Leningradi_Edasi_toimetus, lk 156
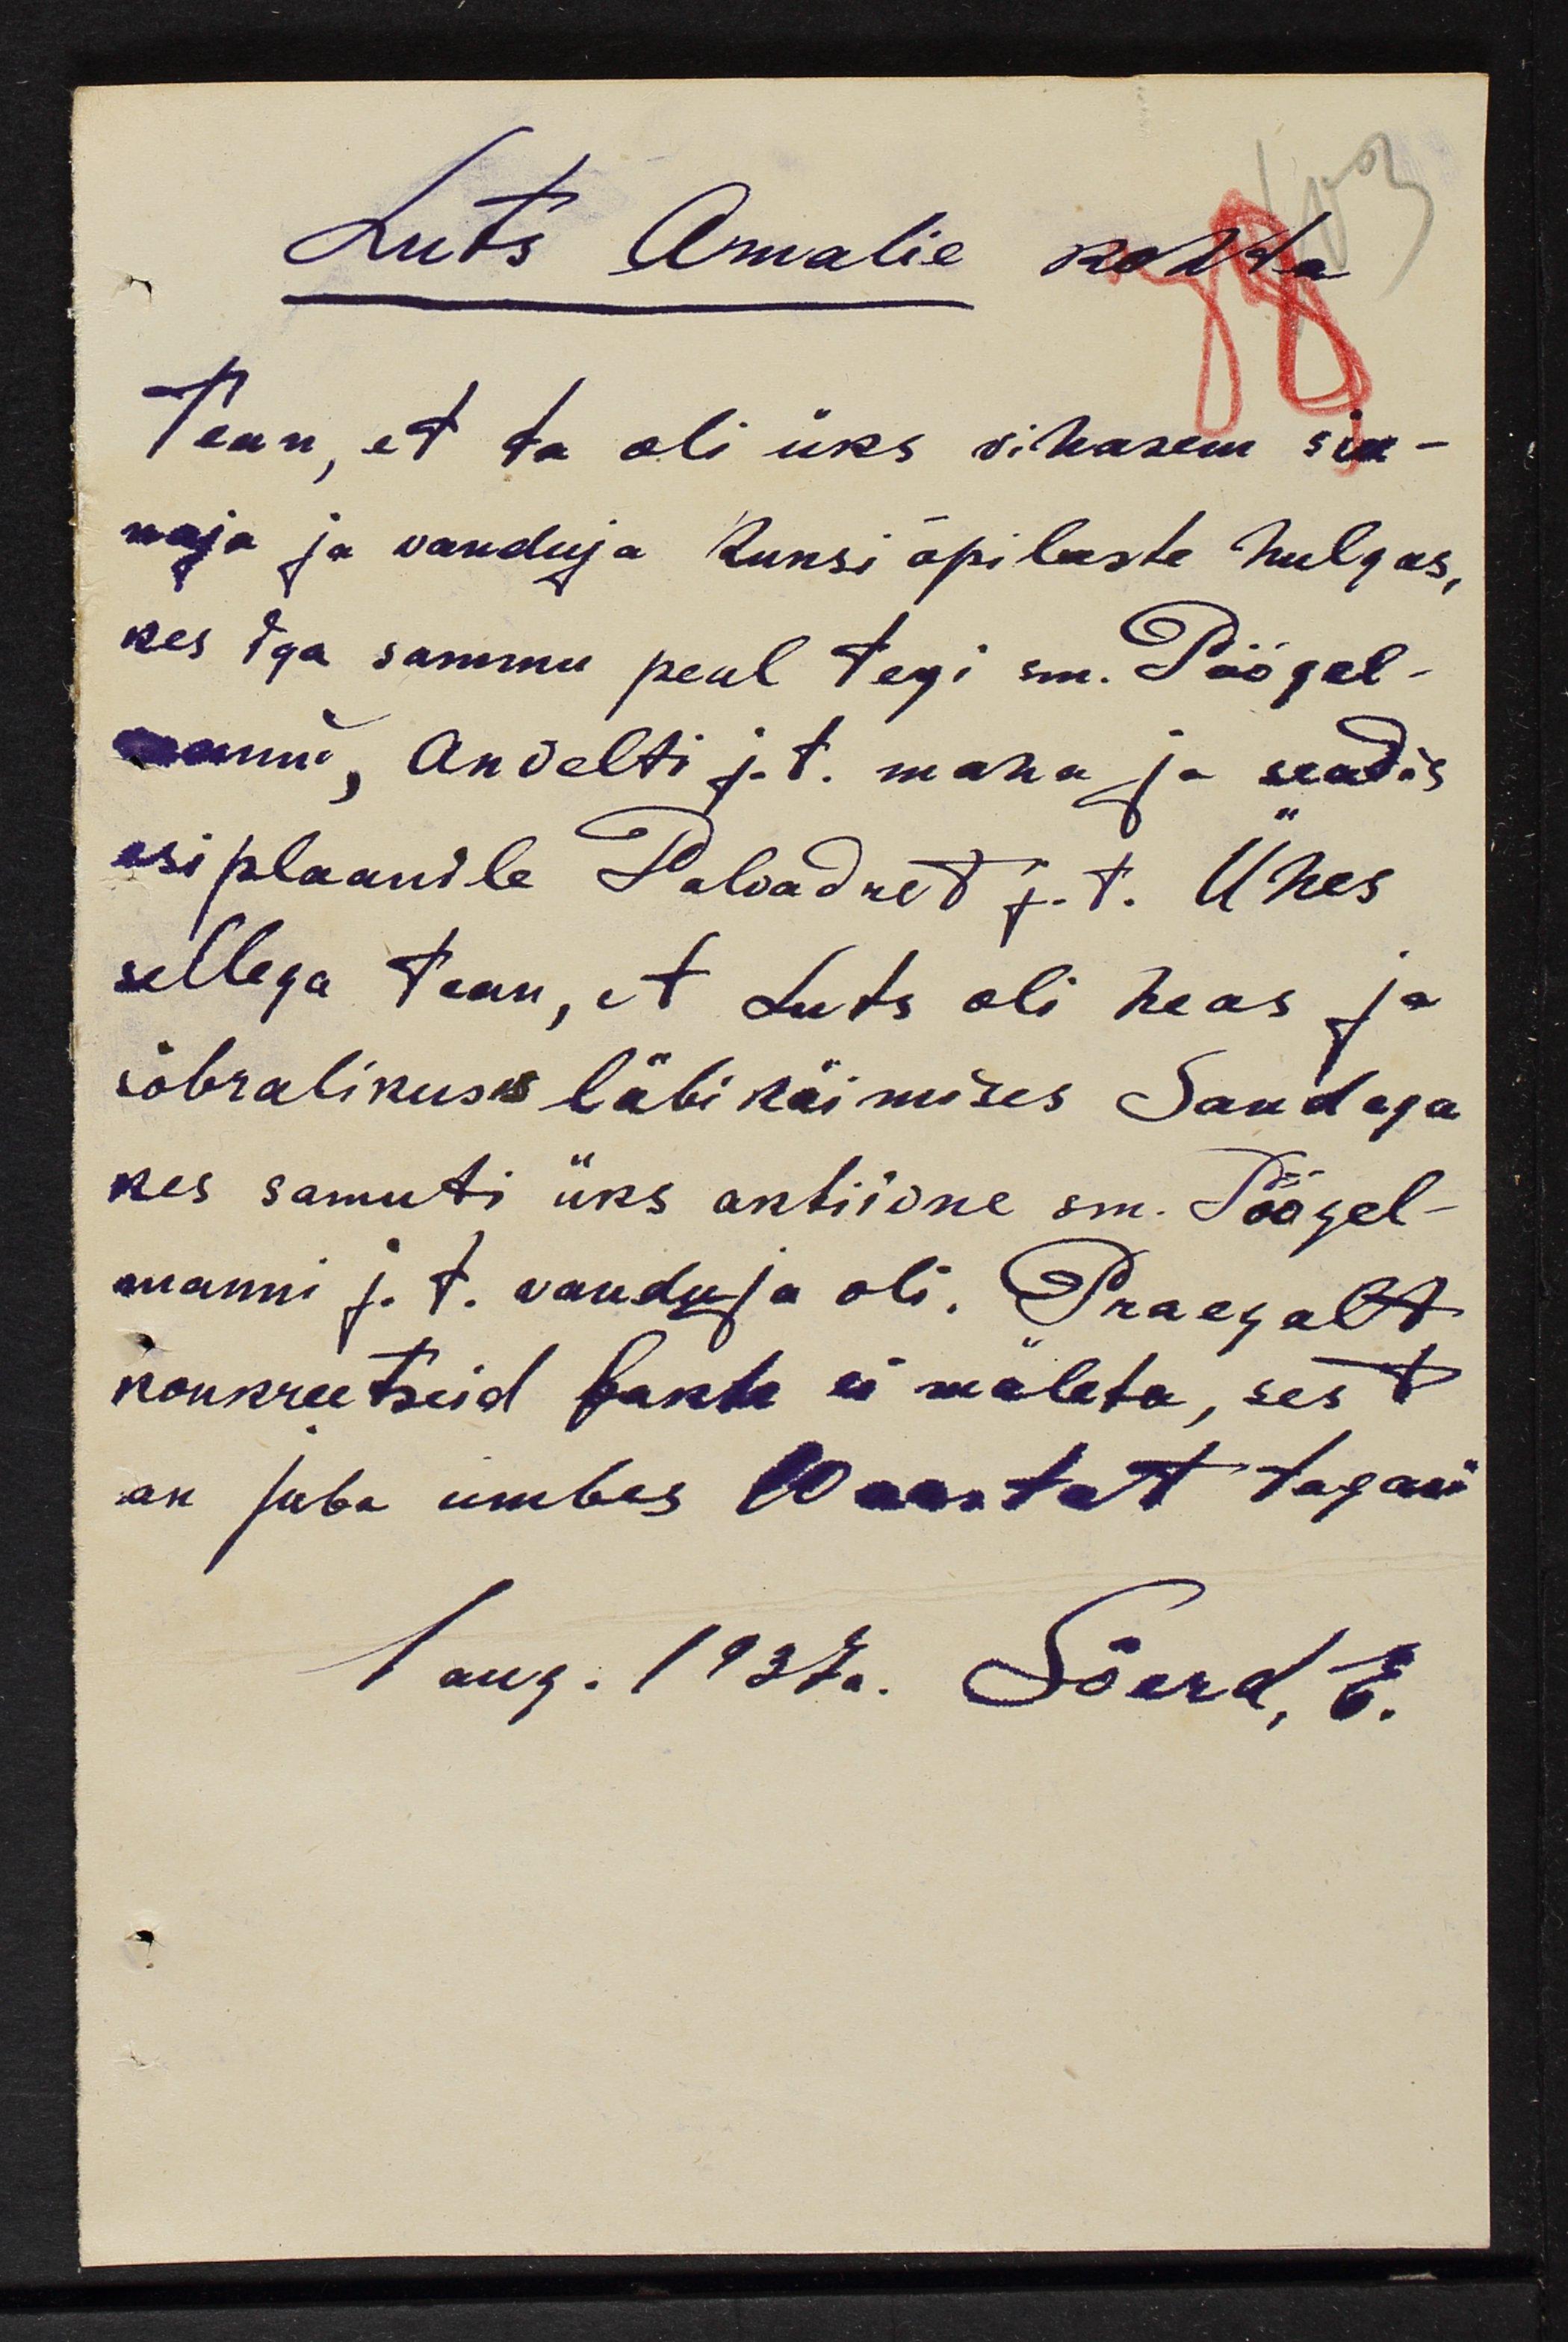
Luts Amalie kohta
Tean, et ta oli üks vihasem siu-
naja ja vanduja Runsi õpilaste hulgas,
kes iga sammu peal tegi sm. Pöögel-
mani, Anvelti j.t. maha ja seadis
esiplaanile Palvadret j.t. Ühes
sellega tean, et Luts oli heas ja
sõbralikus läbi käimises Sandega
kes samuti üks aktiivne sm. Pöögel-
manni j.t. vanduja oli. Praegalt
konkreetseid fakte ei mäleta, sest
on juba umbes 10 aastat tagasi
1. aug. 1937 a. Sõerd, E.